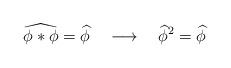
LaTeX: \begin{align*}\widehat{\phi *\phi}=\widehat{\phi} \quad \longrightarrow \quad \widehat{\phi}^2=\widehat{\phi} \end{align*}